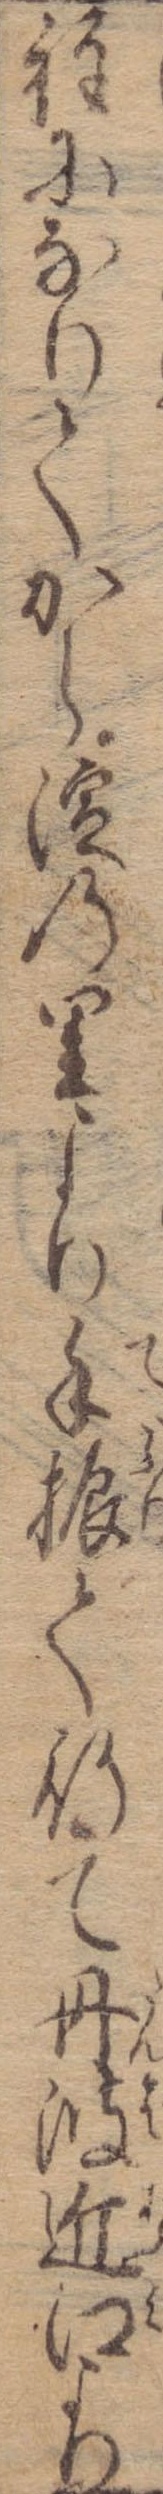
程になりてから淀の里より手振て行て丹波近江より